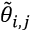
\tilde { \theta } _ { i , j }